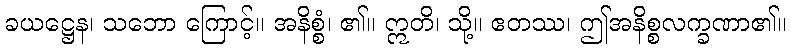
ခယဋ္ဌေန၊ သဘော ကြောင့်။ အနိစ္စံ၊ ၏။ ဣတိ၊ သို့။ ဧတဿ၊ ဤအနိစ္စလက္ခဏာ၏။